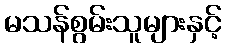
မသန်စွမ်းသူများနှင့်